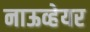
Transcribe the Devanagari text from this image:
नाऊव्हेयर